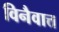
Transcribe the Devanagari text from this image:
विनैवात्त